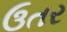
ઉતર